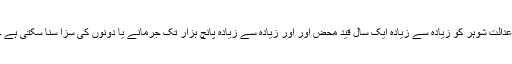
عدالت شوہر کو زیادہ سے زیادہ ایک سال قید محض اور اور زیادہ سے زیادہ پانچ ہزار تک جرمانے یا دونوں کی سزا سنا سکتی ہے ۔